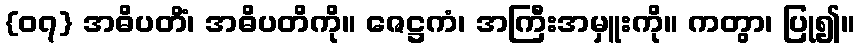
{၀၇} အဓိပတိံ၊ အဓိပတိကို။ ဇေဋ္ဌကံ၊ အကြီးအမှူးကို။ ကတွာ၊ ပြု၍။